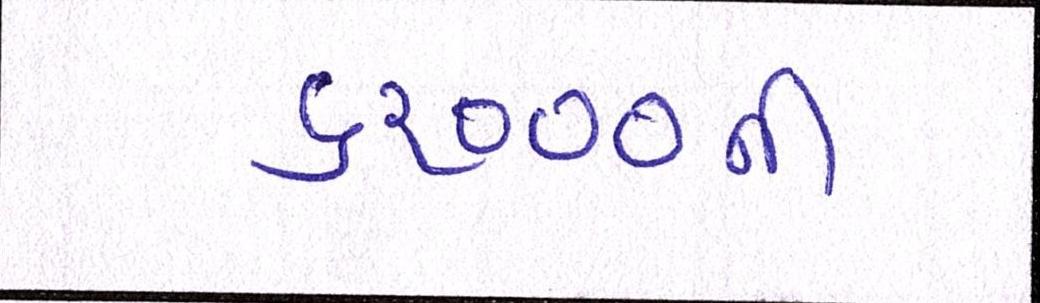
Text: ૬૨૦૦૦ની